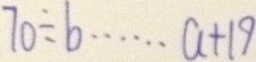
7 0 \div b \cdots a + 1 9